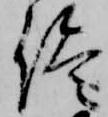
侭